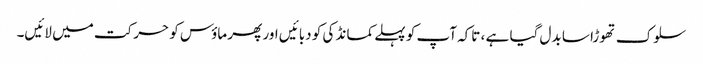
سلوک تھوڑا سا بدل گیا ہے ، تاکہ آپ کو پہلے کمانڈ کی کو دبائیں اور پھر ماؤس کو حرکت میں لائیں۔